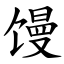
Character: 馒